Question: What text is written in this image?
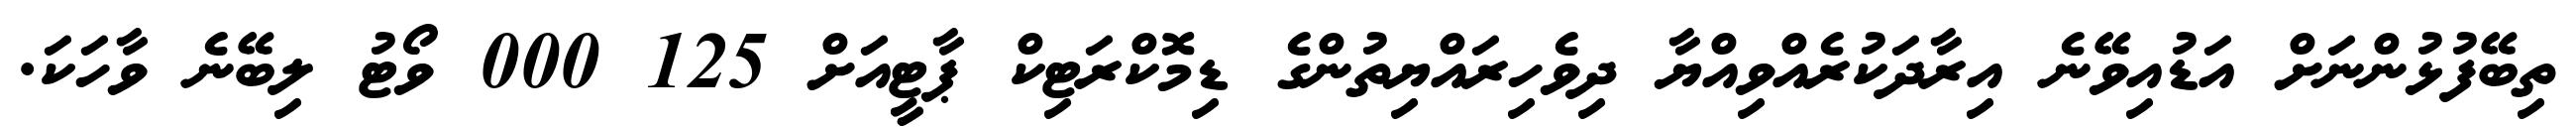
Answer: ތިބޭފުޅުންނަށް އަޑުއިވޭނެ އިރާދަކުރެއްވިއްޔާ ދިވެހިރައްޔިތުންގެ ޑިމޮކްރަޓިކް ޕާޓީއަށް 125 000 ވޯޓު ލިބޭނެ ވާހަކަ.